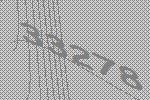
33278